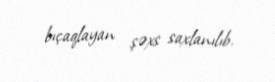
bıçaqlayan şəxs saxlanılıb.